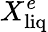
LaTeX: X_{\mathrm{liq}}^{e}